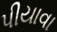
પીયાવા